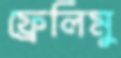
ফ্রেলিমু